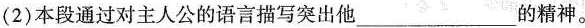
(2)本段通过对主人公的语言描写突出他___的精神。